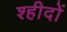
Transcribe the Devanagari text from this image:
श्हीदों